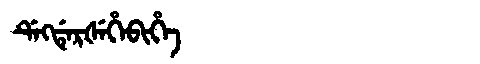
Manchu: ᡩᡝᡴᡩᡝᡵᡧᡝᡥᡝᠪᡳᡥᡝ
Romanization: DEKDERŠEHEBIHE